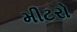
મીટરો